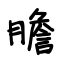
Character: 膽